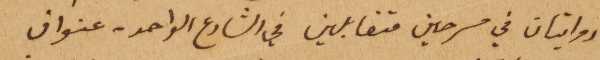
روايتان في مسرحين متقابلين في الشارع الواحد – عنوان